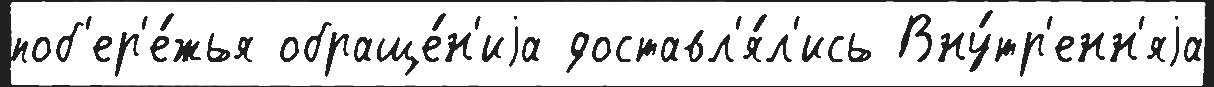
поб'ер'е́жья обраще́н'иjа доставл'я́л'ись Вну́тр'енн'яjа